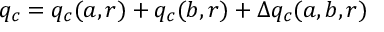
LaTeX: q _ { c } = q _ { c } ( a , r ) + q _ { c } ( b , r ) + \Delta q _ { c } ( a , b , r )